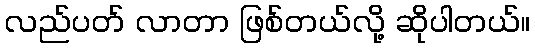
လည်ပတ် လာတာ ဖြစ်တယ်လို့ ဆိုပါတယ်။